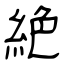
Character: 絶